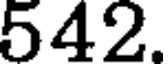
542.